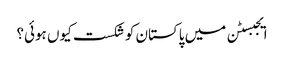
ایجبسٹن میں پاکستان کو شکست کیوں ہوئی؟